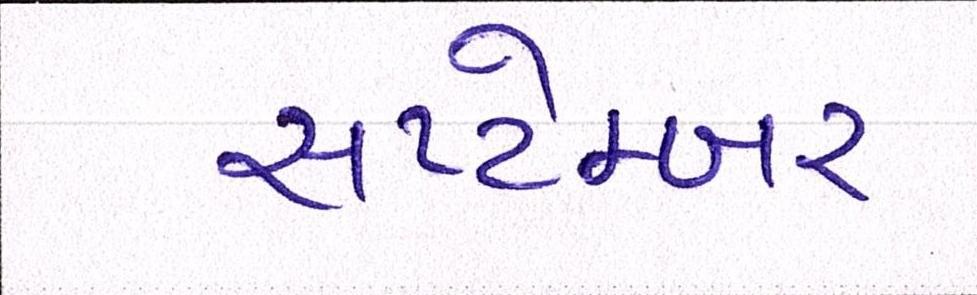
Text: સપ્ટેમ્બર